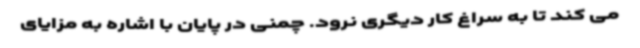
می کند تا به سراغ کار دیگری نرود. چمنی در پایان با اشاره به مزایای